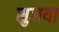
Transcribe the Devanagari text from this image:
सुजया